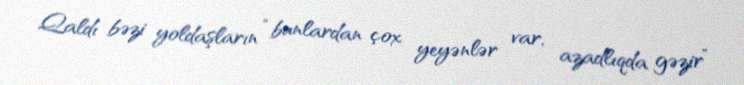
Qaldı bəzi yoldaşların “bunlardan çox yeyənlər var, azadlıqda gəzir”